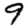
Digit: 9